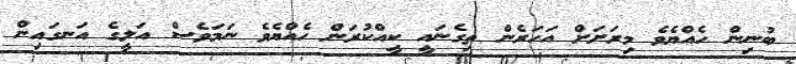
ބުނިން ހެއްޔެވެ މިރަށަށް އަހަރެން ތިގެނައީ ކީއްކުރަން ހެއްޔެވެ ނަމަވެސް އަލީގެ އަނގައިން